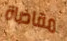
مقاضاة